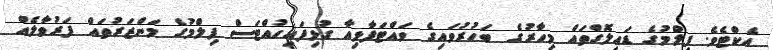
އެކްޓެވެ. ފިލްމުގެ ޑައިލޮގްތައް މިހާރުގެ ބަހުރުވައިގެ ވައްޓަފާޅިއާ ގުޅިފައިހުއްޓަސް ފިލްމުގެ މަންޒަރުތައް ފަރުވާލެއް